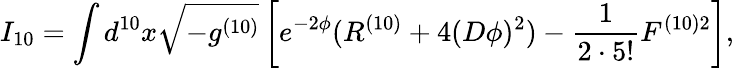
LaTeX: I_{10}=\int d^{10}x\sqrt{-g^{(10)}}\left[e^{-2\phi}(R^{(10)}+4(D\phi)^{2})-\frac{1}{2\cdot 5!}F^{(10)2}\right],